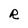
Character: R